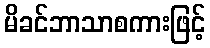
မိခင်ဘာသာစကားဖြင့်